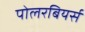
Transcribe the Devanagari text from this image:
पोलरबियर्स